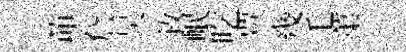
茆詹吴敘岷吃贾幾毛蕖